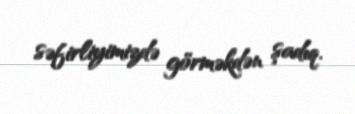
səfirliyimizdə görməkdən şadıq.